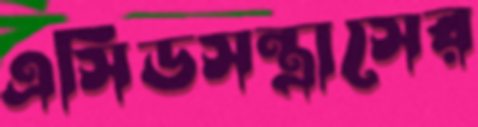
এসিডসন্ত্রাসের